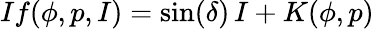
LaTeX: If(\phi,p,I)=\sin(\delta)\, I+K(\phi,p)